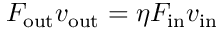
F _ { \mathrm { o u t } } v _ { \mathrm { o u t } } = \eta F _ { \mathrm { i n } } v _ { \mathrm { i n } }